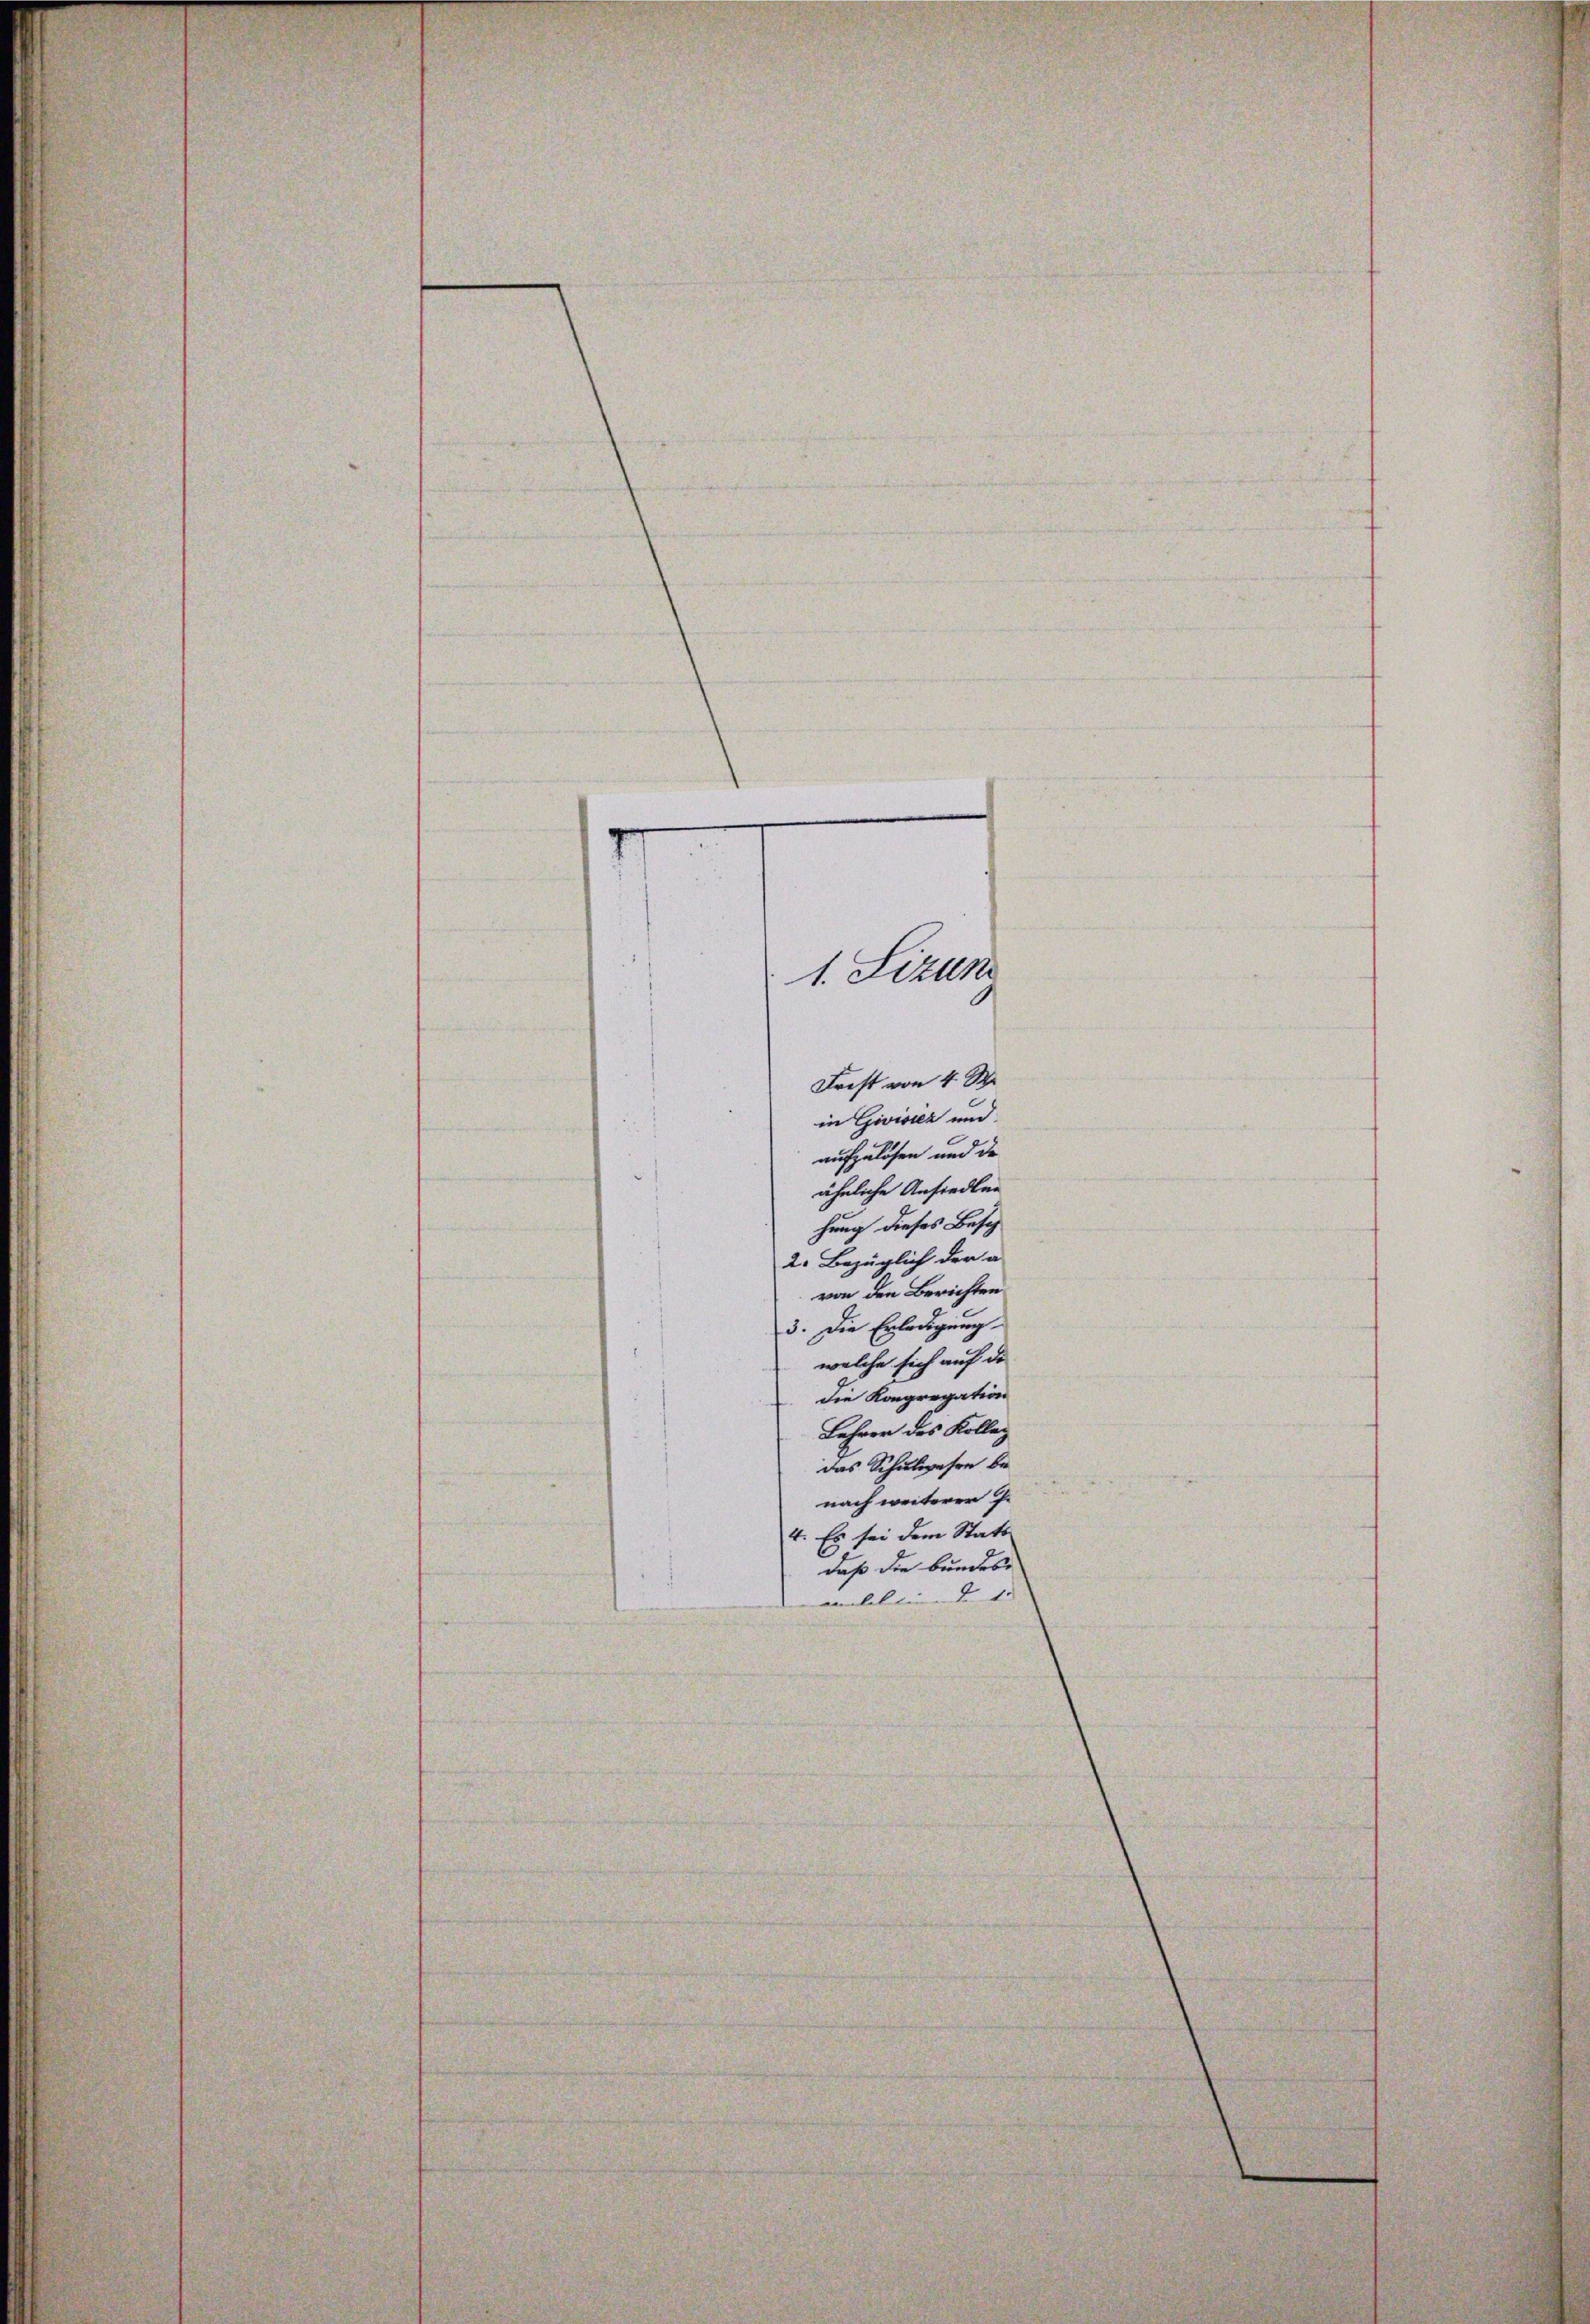
1. Lizun
7
Frist von 4 S
in Givisiez und

aufzulösen und de
ähnliche Ansiedlen
hung dieses Besch
2. Bezüglich der a
von den Berichten
3. Die Erledigung
welche sich auf de
die Kongregation
Lehrer des Kolleg
das Schulwesen benach weiterer Ge
4. Es sei dem Statt
daß die bundes
aelebtiend de